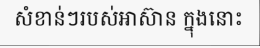
សំខាន់ៗរបស់អាស៊ាន ក្នុងនោះ